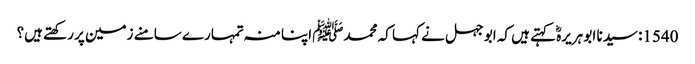
1540: سیدنا ابو ہریرہؓ کہتے ہیں کہ ابو جہل نے کہا کہ محمدﷺ اپنا منہ تمہارے سامنے زمین پر رکھتے ہیں؟